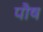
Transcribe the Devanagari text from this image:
पाैष